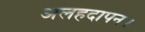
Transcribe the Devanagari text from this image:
अलहदापन।